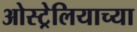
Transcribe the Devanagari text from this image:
ओस्ट्रेलियाच्या